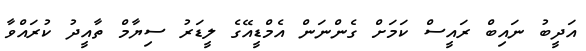
އަދީބު ނައިބް ރައީސް ކަމަށް ގެންނަން އެމްޑީއޭގެ ލީޑަރު ސިޔާމް ތާއީދު ކުރައްވާ